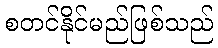
စတင်နိုင်မည်ဖြစ်သည်